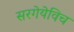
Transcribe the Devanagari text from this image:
सरगेयेविच